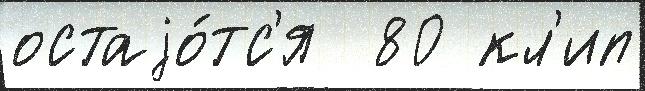
остаjо́тс'я  80 кл'ип